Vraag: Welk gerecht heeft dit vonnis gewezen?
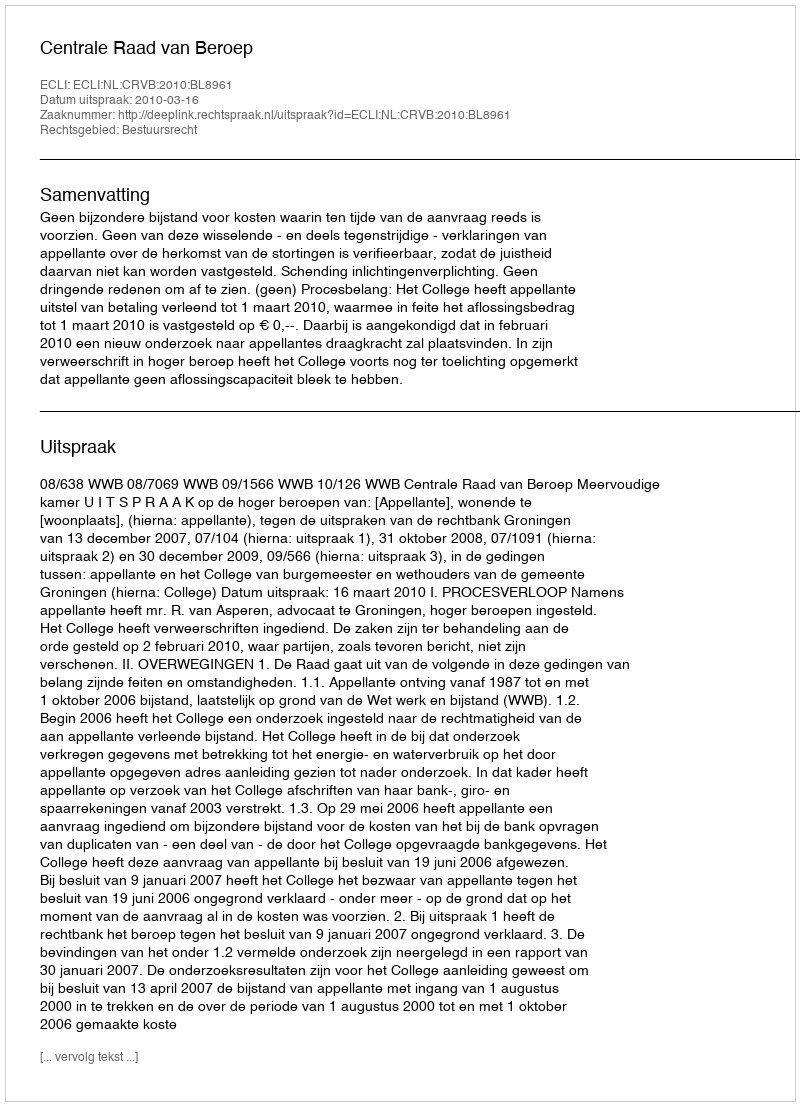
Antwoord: Centrale Raad van Beroep